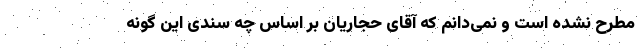
مطرح نشده است و نمی‌دانم که آقای حجاریان بر اساس چه سندی این گونه